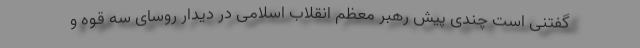
گفتنی است چندی پیش رهبر معظم انقلاب اسلامی در دیدار روسای سه قوه و